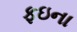
ફઇના